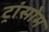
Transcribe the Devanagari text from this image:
ट्रांसोम